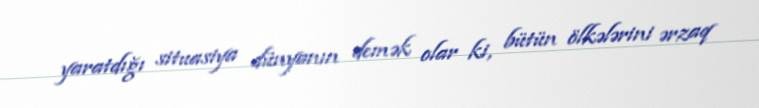
yaratdığı situasiya dünyanın demək olar ki, bütün ölkələrini ərzaq